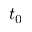
t _ { 0 }